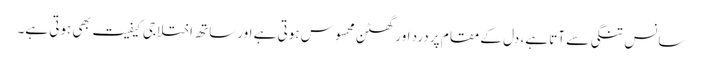
سانس تنگی سے آتا ہے، دل کے مقام پر درد اور گھٹن محسوس ہوتی ہے اور ساتھ اختلاجی کیفیت بھی ہوتی ہے۔